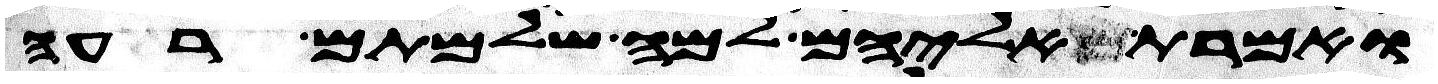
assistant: ואמרת אליהם למה שלמתם רעה